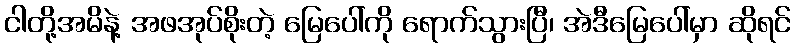
ငါတို့အမိနဲ့ အဖအုပ်စိုးတဲ့ မြေပေါ်ကို ရောက်သွားပြီ၊ အဲဒီမြေပေါ်မှာ ဆိုရင်